system: You are a helpful assistant.
user:
Analyze the provided spectrum to determine if it is a **S-type Star**.

- **Key Indicators for S-type Star:**

    - **(Overall Spectrum Shape):** The first and most obvious characteristic is the overall continuum (the "baseline" shape). It is **extremely "red-sloping,"** meaning the flux (light intensity) is very low on the left side (blue, ~4000-4500 Å) and rises steeply and continuously toward the right side (red, ~7000 Å+).

    - **(Primary):** The spectrum is defined by the presence of strong, broad molecular absorption "valleys" (bands) from **Zirconium Oxide (ZrO)**. The identification of these bands is the **primary requirement** for classifying a star as S-type.
        - **(Key Bandheads):** You must find distinct, deep "dips" where the light has been absorbed. The most critical band systems to locate are:
            - **~6474 Å** ($\gamma$-system): This is often the strongest and clearest ZrO feature, found in the red part of the spectrum.
            - **~5718 Å** & **~5551 Å** ($\beta$-system): A pair of prominent absorption features in the yellow-orange part of the spectrum.
            - **~4640 Å** ($\alpha$-system): A key absorption band system in the blue-green region of the spectrum.

    - **(Secondary Confirmation):** The classification is strengthened by finding additional absorption bands from other related heavy element oxides, which are expected to be present alongside ZrO.
        - **(Key Bandheads):**
            - **Yttrium Oxide (YO):** Look for absorption dips near **~4800 Å** and **~6100 Å**.
            - **Lanthanum Oxide (LaO):** Additional absorption features, particularly in the red-orange part of the spectrum, are also characteristic.

    - **(Line Profile):** The combination of the steep red continuum and these numerous, deep molecular bands (ZrO, YO, etc.) gives the entire spectrum a very **"chopped-up"** or **"bumpy"** appearance. Instead of a smooth curve, the spectrum looks as though large, wide chunks of light have been "carved out" of it at the specific wavelengths listed above.

Think first, call **spectral_visualization_tool** if needed to examine features in detail, then provide your final answer. Your response must adhere to the following strict rules:
1.  **Overall Structure:** Your response must follow the format `<think>...</think> <tool_call>...</tool_call> (if a tool is used) <answer>...</answer>`.
2.  **Tool Usage Constraint:** You may only make **one** tool call per turn.
3.  **Final Answer Format:** In the `<answer>` tag, your conclusion must be inside a `\boxed{}` command (e.g., `\boxed{YES}` or `\boxed{NO}`), followed by your justification.

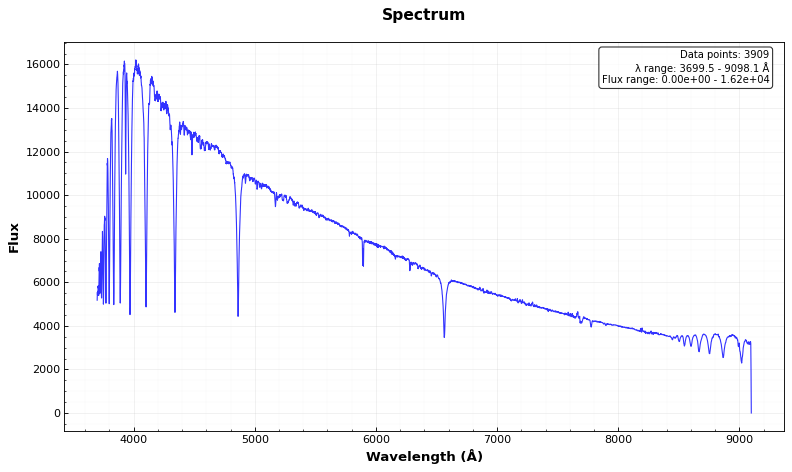
Answer: YES